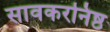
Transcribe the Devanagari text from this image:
सावकरनिष्ठ